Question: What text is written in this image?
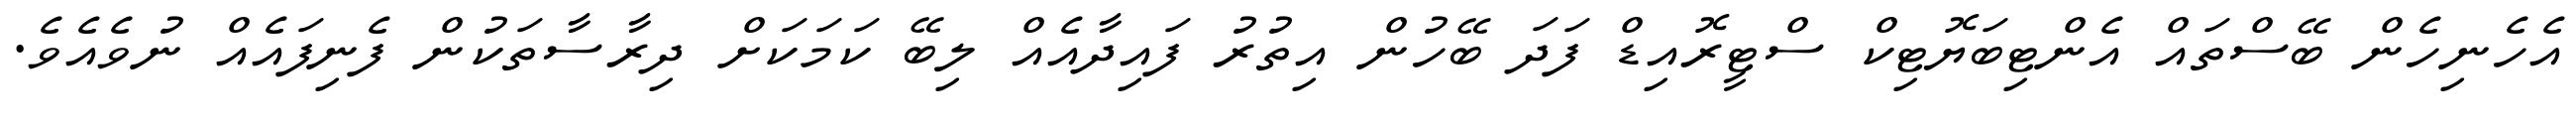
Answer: އެހެނިހެން ބޭސްތައް އެންޓިބަޔޮޓިކް ސްޓީރޮއިޑް ފަދަ ބޭހުން އިތުރު ފައިދާއެއް ލިބޭ ކަމަކަށް ދިރާސާތަކުން ފެނިފައެއް ނުވެއެވެ.